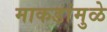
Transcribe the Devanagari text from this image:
माकडांमुळे